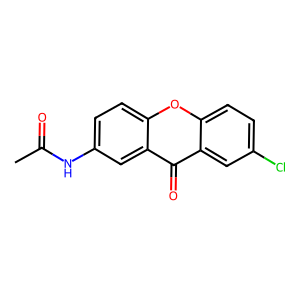
SMILES: CC(=O)Nc1ccc2oc3ccc(Cl)cc3c(=O)c2c1
Inhibits HIV replication: No